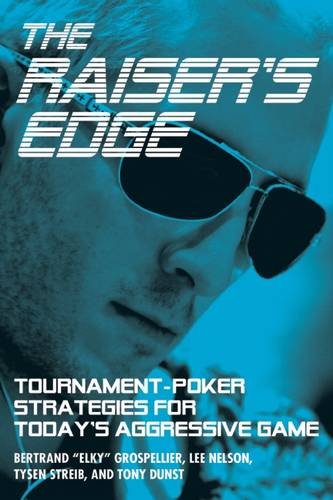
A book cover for The Raiser's Edge: Tournament-Poker Strategies for Today's Aggressive Game; Bertrand "ElkY" Grospellier; Humor & Entertainment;